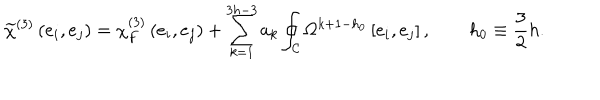
\widetilde \chi ^ { ( 3 ) } \left( e _ { i } , e _ { j } \right) = \chi _ { F } ^ { ( 3 ) } \left( e _ { i } , e _ { j } \right) + \sum _ { k = 1 } ^ { 3 h - 3 } a _ { k } \oint _ { \cal C } \Omega ^ { k + 1 - h _ { 0 } } \left[ e _ { i } , e _ { j } \right] , \qquad h _ { 0 } \equiv { \frac { 3 } { 2 } } h .